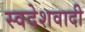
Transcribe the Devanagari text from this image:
स्वदेशवादी